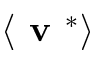
\left< \textbf { v } ^ { * } \right>